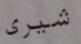
شيرى